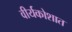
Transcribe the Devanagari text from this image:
वीर्यकोशात